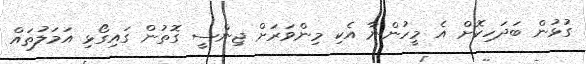
ގުޅުން ބަދަހިކޮށް އެ މީހުންނާ އެކި މިންވަރަށް ޖިންސީ ގޮތުން ގައިގޯޅި އަމަލުތައް